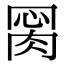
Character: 𦛂